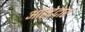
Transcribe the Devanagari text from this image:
ओहदेदार